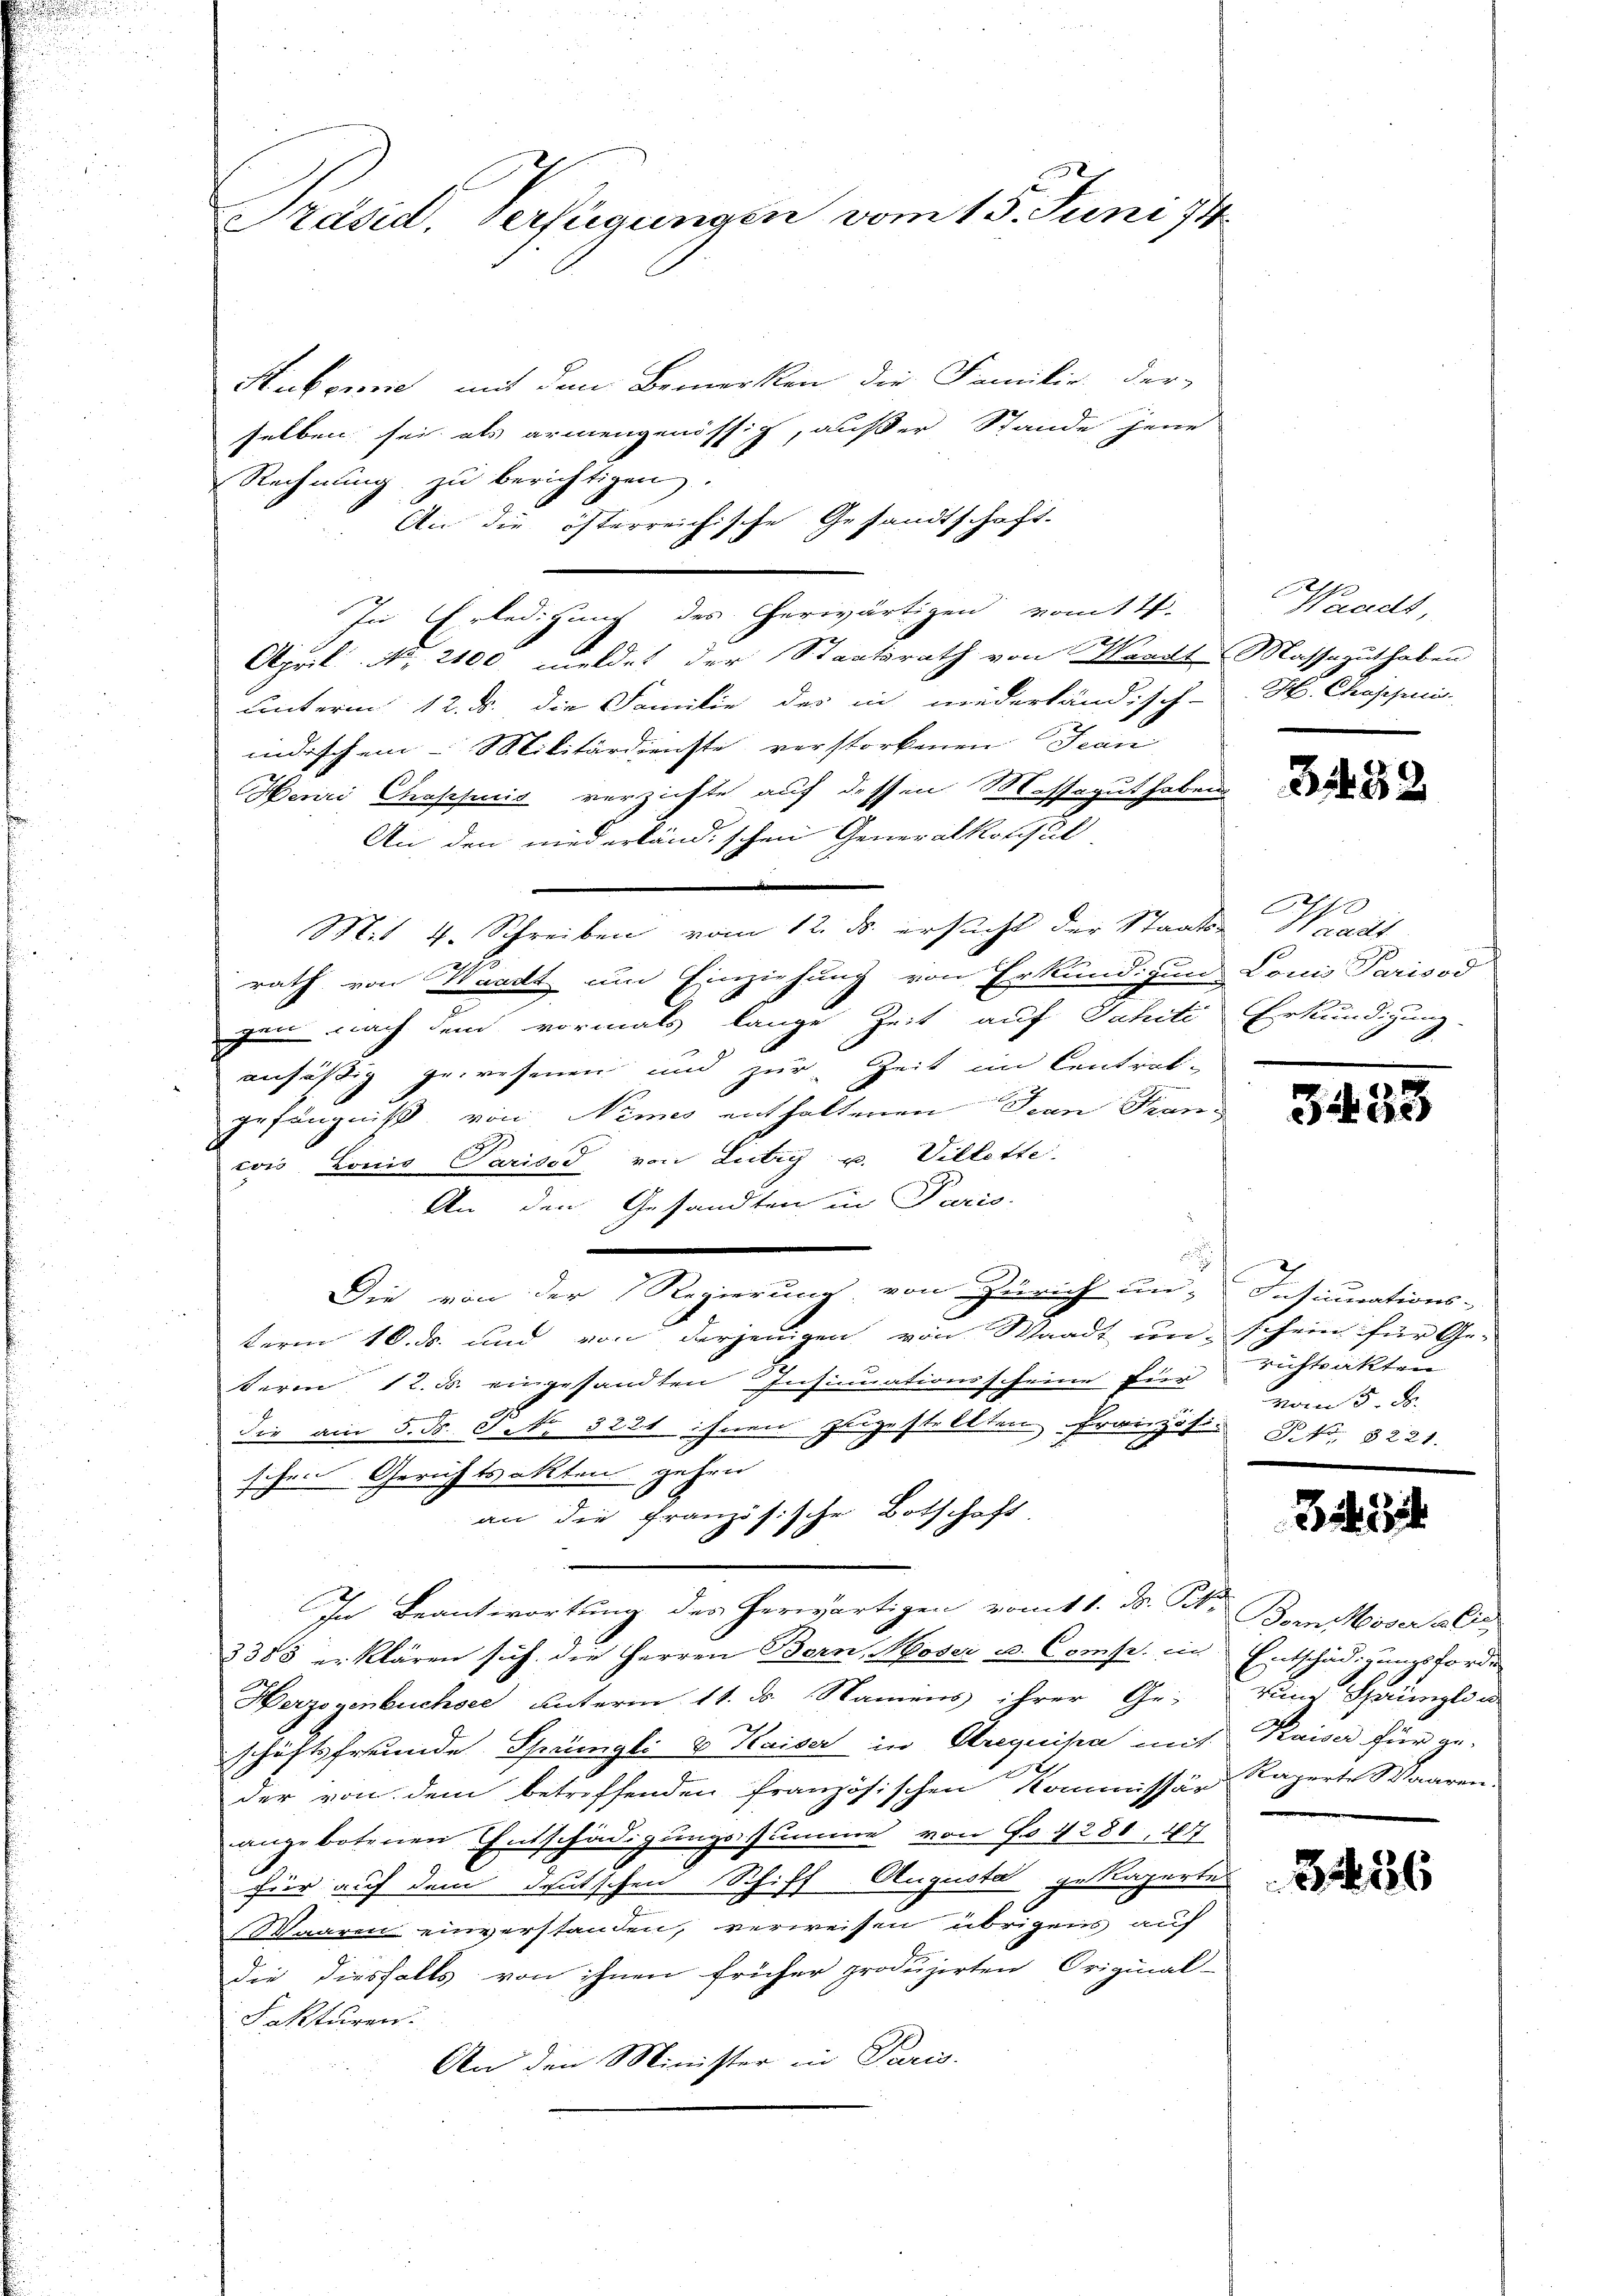
Präsid. Verfügungen vom 15. Juni 194

Sukomnie, mit dem Bemerken die Familie der
selben sei als armengenössig, außer Stande jene
Rechnŭng zu berichtigen.
An die österreichische Gesandtschaft.
In Erledigung des herwärtigen vom 14.
April N. 2100 meldet der Staatsrath von Waadt Massaguthaben
Unterm 12. ds. die Familie des in niederländisch-H. Chaschun
indischem Militärdienste verstorbenen Jean
Henri Cessinis verzichte auf dessen Massegut haben
An den niederländischen Generalkonsul
i
Mit 4. Schreiben vom 12. ds. ersucht der Staats-Waadt
rath von Waadt um Einziehung von Erkundigung Louis Parisod
 nach dem vormals lange Zeit auf Jahiti Erkundigung.
ansäßig gewesenen und zur Zeit im Centrol-
gefängniß von Nimes enthaltenen Jean Frand
eo Lonis Parisis von Litig u. Villette.
An den Gesandten in Paris.
i
Die von der Regierung von Zürich un- Insinuations-
term 10. ds. und von derjenigen von Waadt un schein für Ge-
Berm 12. ds. eingesandten Insinuationsscheine für
die am 5. d. 1. No. 3281 ihnen zeigestellten Französ. B. 1. 8221.
schen Gerichtsakten gehen
an die Französische Botschaft
In Beantwortung des herwärtigen vom 1. ds. Frk. Bonn Moser al
2383 erklären sich die Herren Born, Moser u. Compr. ein Entschädigungsforde
Herzogenbuchsee unterm 11. ds. Namens ihrer Ge- und Sprüngli u
schäftsfreunde Sprüngli & Kaiser in Arequisia mit Kaiser für ge-
der von dem betreffenden französischen Kommissär Kaperte Waaren.
angebotenen Entschädigungssumme von Fr. 1280, 167
für auf dem deutschen Schiff Augusta gekaperte
Waaren einverstanden, verweisen übrigens auf
die diesfalls von ihnen früher produzirten Original-
Fakturen.
An den Minister in Paris.

Waadt,

3432

3433

richtsakten
vom 5. d.

3. 434

3456